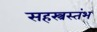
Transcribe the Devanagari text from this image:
सहस्त्रस्तंभ